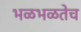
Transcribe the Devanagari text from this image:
भळभळतेच